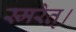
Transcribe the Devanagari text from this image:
स्मरेत्‌।